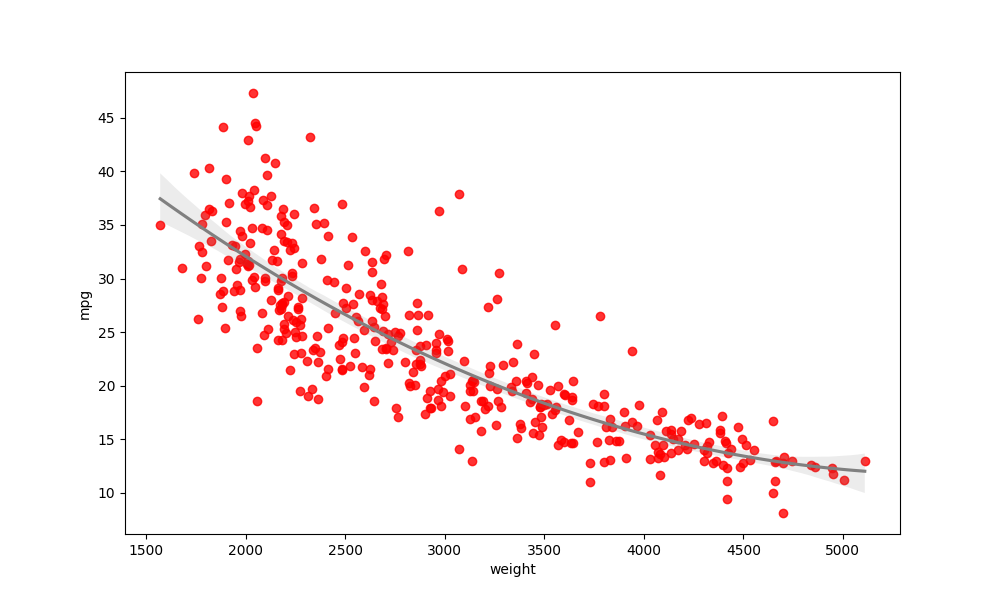
python, seaborn, regplot, order=3, ci=95, scatter_color=red, line_color=gray